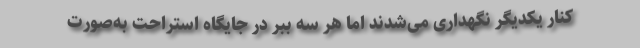
کنار یکدیگر نگهداری می‌شدند اما هر سه ببر در جایگاه استراحت به‌صورت